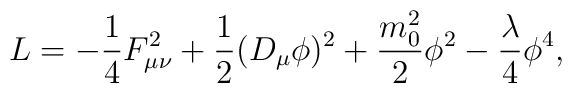
L = -\frac{1}{4} F^2_{\mu \nu} + \frac{1}{2} (D_{\mu} \phi)^2 + \frac{m_0^2}{2}\phi^2       - \frac{\lambda}{4} \phi^4 ,